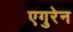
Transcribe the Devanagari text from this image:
एगुरेन